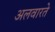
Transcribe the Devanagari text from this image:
अलवारते